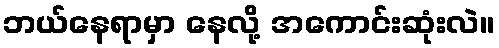
ဘယ်နေရာမှာ နေလို့ အကောင်းဆုံးလဲ။